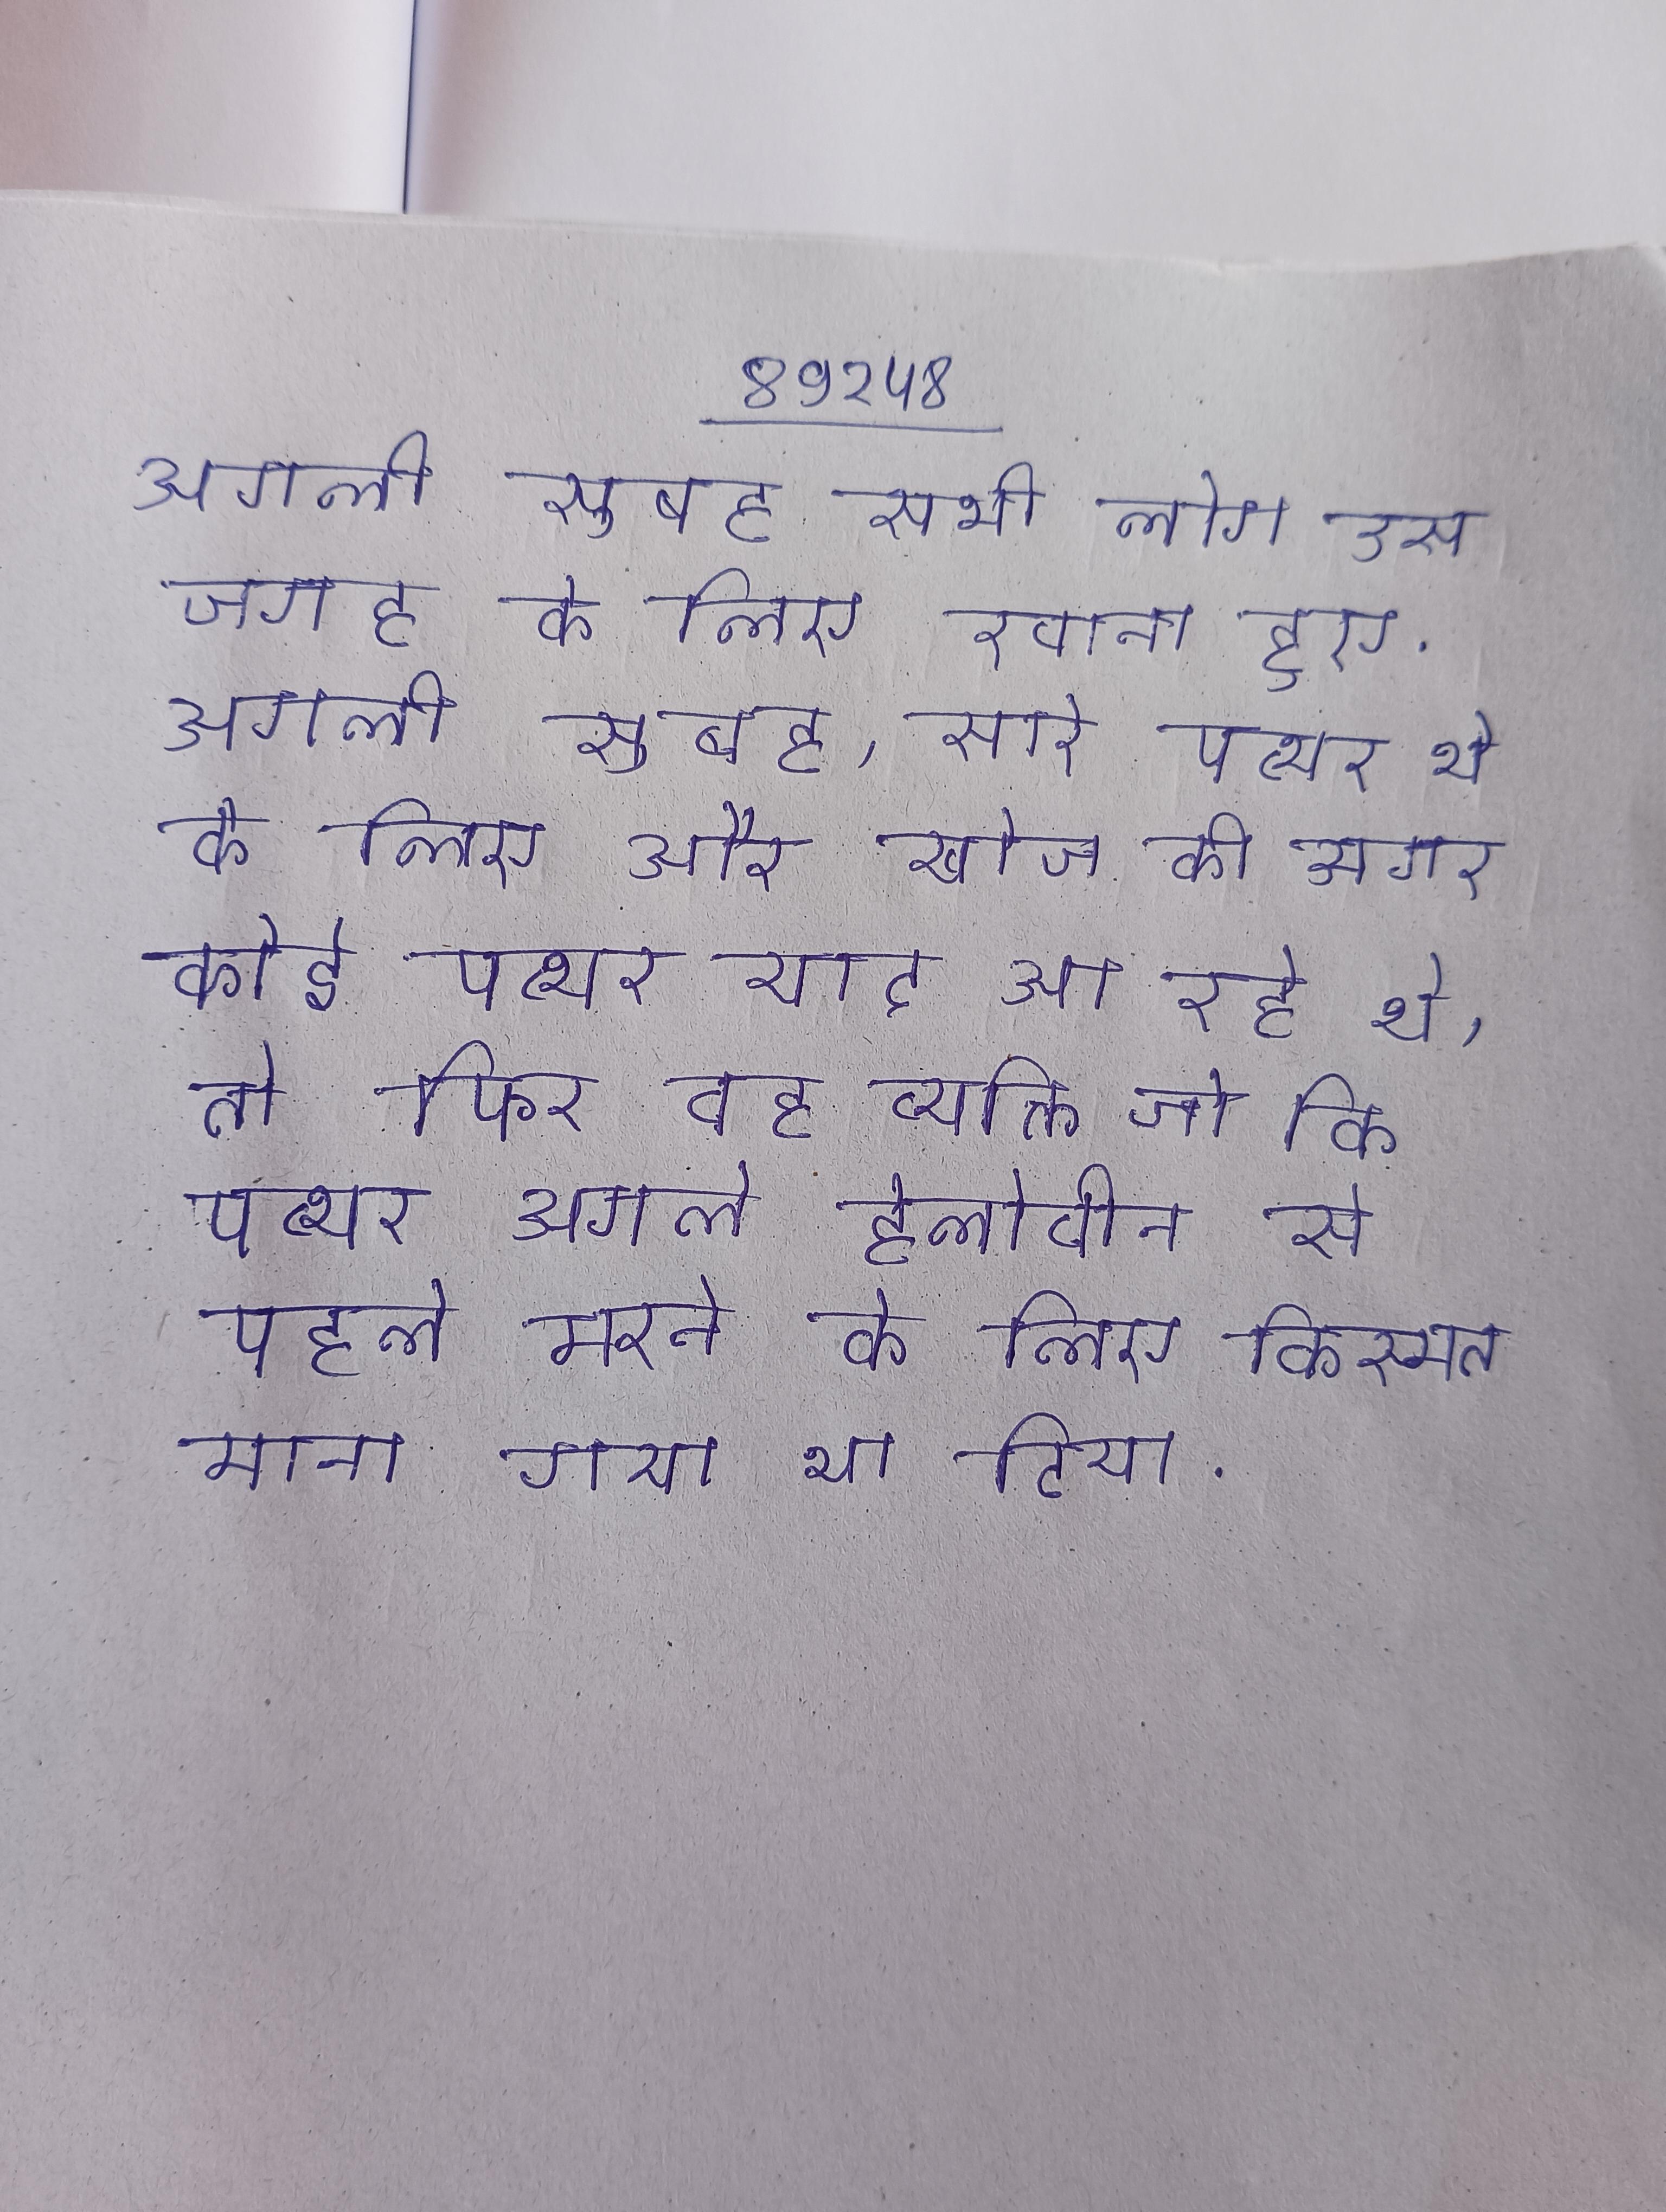
अगली सुबह सभी लोग उस जगह के लिए रवाना हुए . अगली सुबह, सारे पत्थर थे के लिए और खोज की अगर कोई पत्थर याद आ रहे थे, तो फिर वह व्यक्ति जो कि पत्थर अगले हेलोवीन से पहले मरने के लिए किस्मत माना गया था दिया .